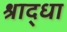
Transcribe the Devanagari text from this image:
श्राद्धा